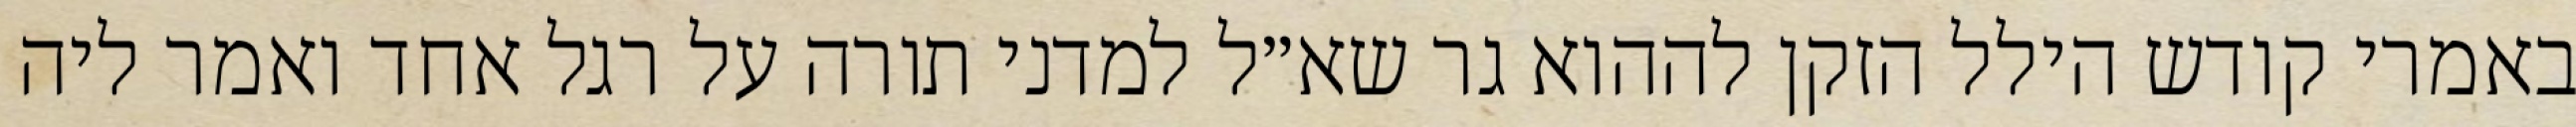
באמרי קודש הילל הזקן לההוא גר שא״ל למדני תורה על רגל אחד ואמר ליה